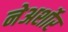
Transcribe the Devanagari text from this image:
नेअर्शोर